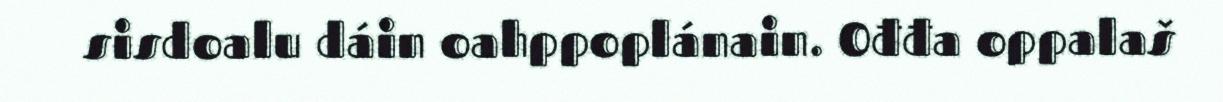
sisdoalu dáin oahppoplánain. Ođđa oppalaš